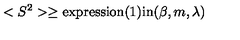
< S ^ { 2 } > \ge \mathrm { e x p r e s s i o n ( 1 ) i n } ( \beta , m , \lambda )